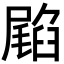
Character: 𭕳